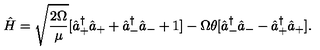
\hat { H } = \sqrt { \frac { 2 \Omega } { \mu } } [ \hat { a } _ { + } ^ { \dag } \hat { a } _ { + } + \hat { a } _ { - } ^ { \dag } \hat { a } _ { - } + 1 ] - \Omega \theta [ \hat { a } _ { - } ^ { \dag } \hat { a } _ { - } - \hat { a } _ { + } ^ { \dag } \hat { a } _ { + } ] .